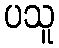
ပသူ